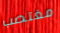
مغتصب